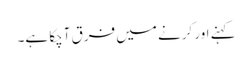
کہنے اور کرنے میں فرق آچکا ہے۔